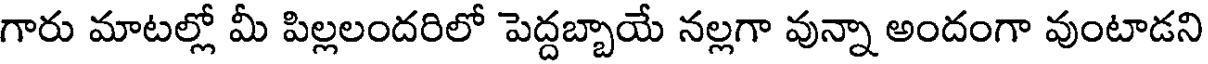
గారు మాటల్లో మీ పిల్లలందరిలో పెద్దబ్బాయే నల్లగా వున్నా అందంగా వుంటాడని